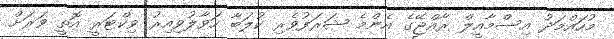
މުހައްމަދު އިސްމާއީލް ރާއްޖޭގެ އެންމެ ޝަރަފުވެރި ކުލަބާ ހަވާލުވިއިރު ވިކްޓަރީ އޮތީ ވަރަށް